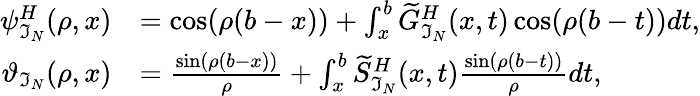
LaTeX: \begin{array}{rl}{\psi_{\mathfrak{I}_{N}}^{H}(\rho,x)}&{=\cos(\rho(b-x))+\int_{x}^{b}\widetilde{G}_{\mathfrak{I}_{N}}^{H}(x,t)\cos(\rho(b-t))dt,}\\ {\vartheta_{\mathfrak{I}_{N}}(\rho,x)}&{=\frac{\sin(\rho(b-x))}{\rho}+\int_{x}^{b}\widetilde{S}_{\mathfrak{I}_{N}}^{H}(x,t)\frac{\sin(\rho(b-t))}{\rho}dt,}\end{array}